Report on malaria in the Punjab during the year ...  together with an account of the work of the Punjab Malaria Bureau - Volume 4
Disease focus: Malaria
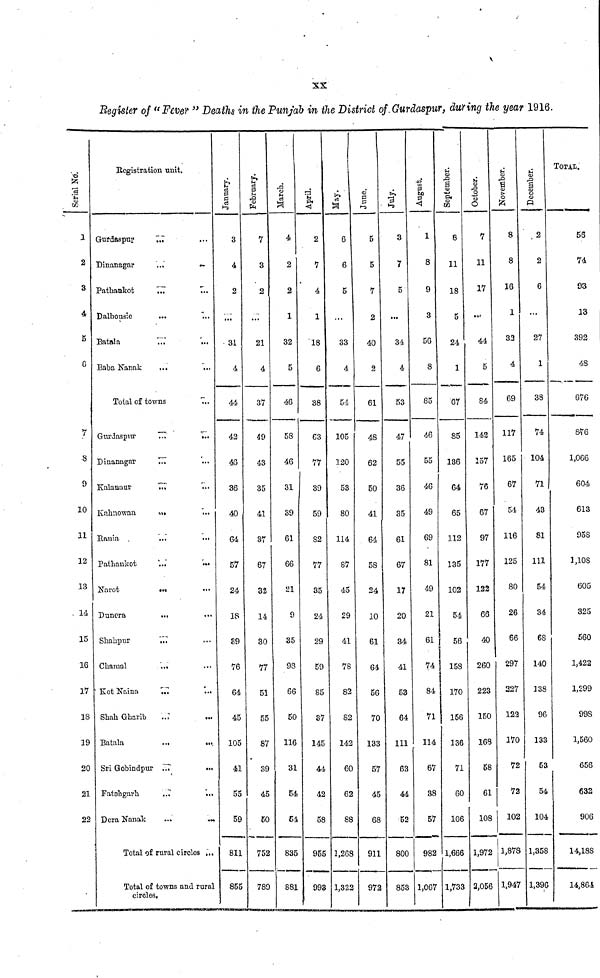
xx
Register of "Fever" Deaths in the Punjab in the District of Gurdaspur, during the year 1916.
Serial No.
1
2
3
4
S
G
7
8
9
10
11
12
13
. 14
15
16
17
18
19
20
21
22
Registration unit.
Gurdaspur
...
Dinanagar
...
...
Pathankot
...
...
Dalhousie
Batala
...
Baba Nanak
...
...
Total of towns
...
Gurdaspur
...
...
Dinanagar
...
...
Kalanaur
...
Kahnowan
...
Rania
...
...
Pathankot
...
...
Narot
...
...
Dancra
...
...
Shahpur
...
Chamal
...
Kot
Naina
...
...
Shah Gharib
...
Batala
Sri Gobindpur
...
...
Fatehgarh
...
...
Dera Nanak ...
...
Total of rural circles ,,.
Total of towns and rural
circles,
January.
3
4
2
...
31
4
44
42
46
36
40
64
57
24
18
89
76
64
45
105
41
55
59
811
855
February.
7
3
2
...
21
4
37
49
43
35
41
37
67
32
14
30
77
51
55
87
39
45
BO
752
789
March.
4
2
2
1
32
5
46
58
46
31
39
61
66
21
9
35
93
66
50
116
31
54
64
835
881
April.
2
7
4
1
18
6
38
63
77
39
59
82
77
35
24
29
59
85
87
145
44
42
58
955
993
May.
6
6
5
...
33
4
54
105
120
53
80
114
87
45
29
41
78
82
82
142
60
62
88
1,268
1,332
June.
5
5
7
2
40
2
61
48
62
50
41
64
58
24
10
61
64
56
70
133
57
45
68
911
972
i
3
7
5
...
34
4
53
47
55
36
35
61
67
17
20
34
41
53
64
111
63
44
52
800
853
August.
1
8
9
3
56
8
85
46
55
46
49
69
81
49
21
61
74
84
71
114
67
38
57
982
1,067
September.
8
11
18
5
24
1
67
85
136
64
65
112
135
102
54
56
158
170
156
136
71
60
106
1,666
1,733
October.
7
11
17
...
44
5
84
142
157
76
67
97
177
122
66
40
260
223
150
168
58
61
108
1,972
2,056
November.
8
8
16
1
33
4
69
117
165
67
54
116
125
80
26
66
297
227
122
170
72
72
102
1,878
1,947
December.
, 2
2
6
...
27
1
38
74
104
71
43
81
111
54
34
68
140
338
96
133
53
54
104
1,358
1,396
TOTAL.
56
74
93
13
392
48
676
876
1,066
604
613
958
1,108
605
325
560
1,422
1,299
998
1,560
656
632
906
14,188
14,864